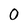
Character: O